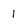
Character: 1